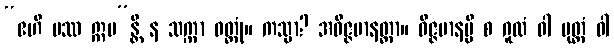
“ဧဟိ ပဿ ဣမ”န္တိ န သက္ကာ ဝတ္တုံ။ ကသ္မာ? အဝိဇ္ဇမာနတ္တာ။ ဝိဇ္ဇမာနမ္ပိ စ ဂူထံ ဝါ မုတ္တံ ဝါ